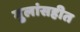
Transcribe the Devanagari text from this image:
मुलांसहीत